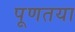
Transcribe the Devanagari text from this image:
पूणतया